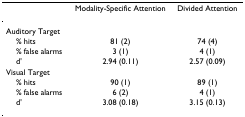
|  | Modality-Specific Attention | Divided Attention |
 | --- | --- | --- |
 | Auditory Target |  |  |
 | % hits | 81 (2) | 74 (4) |
 | % false alarms | 3 (1) | 4 (1) |
 | d' | 2.94 (0.11) | 2.57 (0.09) |
 | Visual Target |  |  |
 | % hits | 90 (1) | 89 (1) |
 | % false alarms | 6 (2) | 4 (1) |
 | d' | 3.08 (0.18) | 3.15 (0.13) |